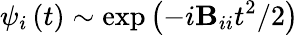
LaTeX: \psi_{i}\left(t\right)\sim\exp{\left(-i\mathbf{B}_{ii}t^{2}/2\right)}